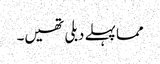
مما پہلے دبلی تھیں۔